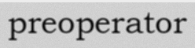
preoperator